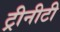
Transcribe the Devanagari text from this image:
ट्रीनीटी